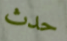
حدث